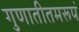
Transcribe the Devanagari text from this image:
गुणातीतमरूपं